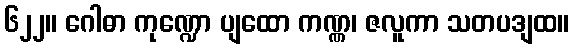
၆၂၂။ ဂေါဓာ ကုဏ္ဍော ပျထော ကဏ္ဏ၊ ဇလူကာ သတပဒျထ။